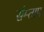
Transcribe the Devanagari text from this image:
संम्ताप